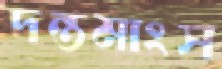
দন্তমাংস